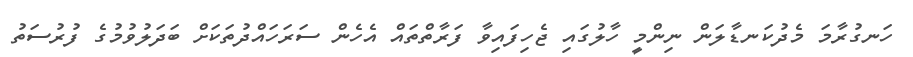
ހަނގުރާމަ މެދުކަނޑާލަން ނިންމީ ހާލުގައި ޖެހިފައިވާ ފަރާތްތައް އެހެން ސަރަހައްދުތަކަށް ބަދަލުވުމުގެ ފުރުސަތު